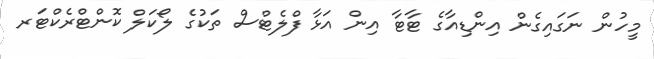
މީހުން ނަގައިގެން އިންޑިއާގެ ޓާޓާ އިން އަޅާ ފްލެޓްސް ތަކުގެ ލޯކަލް ކޮންޓްރެކްޓަރ